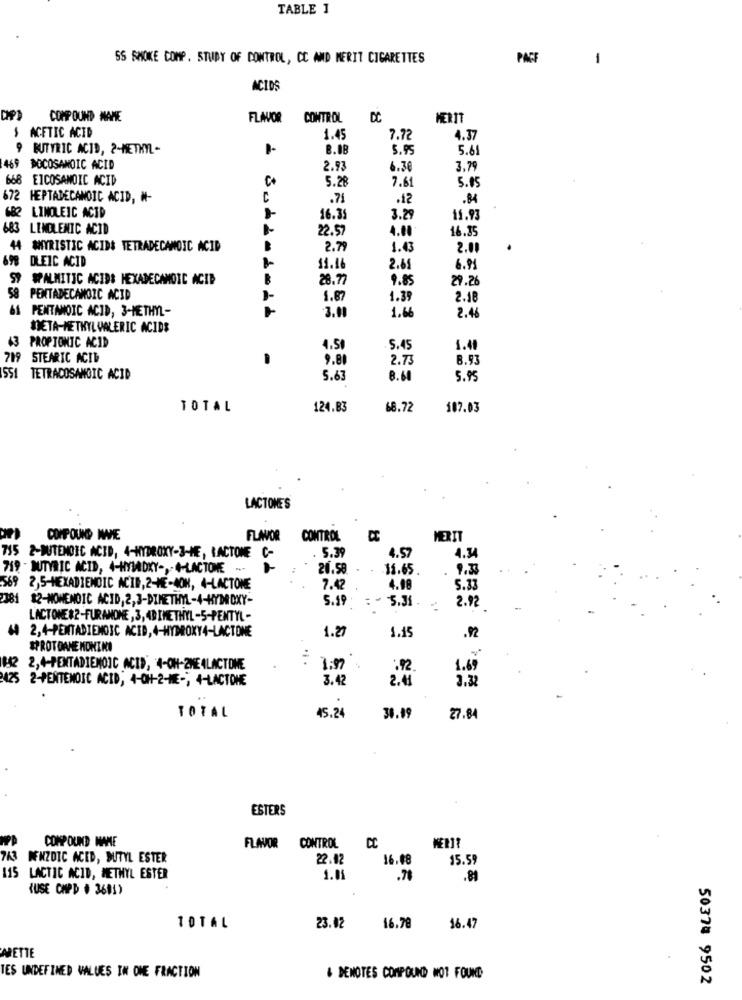
TABLE 1
SS SMOKE COMP. STUDY OF CONTROL, CC MID MERIT CIGARETTES
PACE
1
ACIDS
COMPOUND WANE
FLAVOR CONTROL
CC
MERIT
$ ACETIC ACID
1.45
7.78
4.37
9 BUTYRIC ACID, 2-METHYL-
8.08
5.95
5.61
469 DOCOSANOIC ACID
2.93
6.36
3.79
668 EICOSANOIC ACID
5.28
5.05
7.61
672 HEPTADECANOIC ACID, #-
C
.71
.12
.84
682 LINOLEIC ACID
16.35
3.29
11.93
683
LENGLENIC ACID
22.57
4.00
16.35
44 #MYRISTIC ACID& TETRADECANOIC ACID
2.79
1.43
2.00
698 DLEIC ACID
11.16
2.65
6.91
59 SPALMITIC ACIDS HEXADECAMOIC ACID
28.77
9.85
29.26
58
PENTADECANOIC ACID
1.87
1.35
2.18
PENTANOIC ACID, 3-METHYL-
3.11
2.46
1.66
META-METHYL VALERIC ACIDS
43
PROP TONIC ACID
4.50
5.45
1.40
719 STEARIC ACID
9.8
2.73
8.93
SSI TETRACOSANOIC ACID
5.63
8.60
5.95
TOTAL
124.83
68.72
107.03
LACTONE'S
COMPOUND IWIE
FLAVOR CONTROL
MERIT
715
2-BUITENDIC ACID, 4-HYDROXY-3-HE, LACTONE C-
. 5.39
4.57
4.34
719 - BUTYRIC ACID, 4-HMYMADKY -, - 4-LACTONE --- -
20.58.
15.65
9.33
569 2,5-HEXADIENDIC ACID,2-ME-AOK, 4-LACTONE
7.42
4.08
5.33
$2-NONENOIC ACID, 2,3-DIMETHYL-4-HYDROXY-
5.31
2.92
5.49
LACTONE #2-FURANONE , 3, 4DIMETHYL-5-PENTYL -
2,4-PENTADIENOIC ACID, 4-HYDROXY4-LACTONE
1.27
1.15
.92
#PROTOANE NOMINO
:
1142
2,4-PENTADIEMOIC ACID, 4-OH-ZME ALACTONE
:92
1.69
2-PENTEMOSC ACID, 4-OH-2-ME -, 4-LACTOHE
3.42
2.41
3.3
TOTAL
45.24
30.09
27.84
ESTERS
COMPOUND MARE
FLAVOR CONTROL CC
743 DENZDIC ACED, BUTYL ESTER
22.42
16.48
15.59
115 LACTIC ACID, METHYL ESTER
1.01
.70
.81
HUSE CHPD . 3691)
10TAL
23.02
16.78
16.47
ARETTE
TES UNDEFINED VALUES IN ONE FRACTION
& DENOTES COMPOUND NOT FOUND
50378 9502